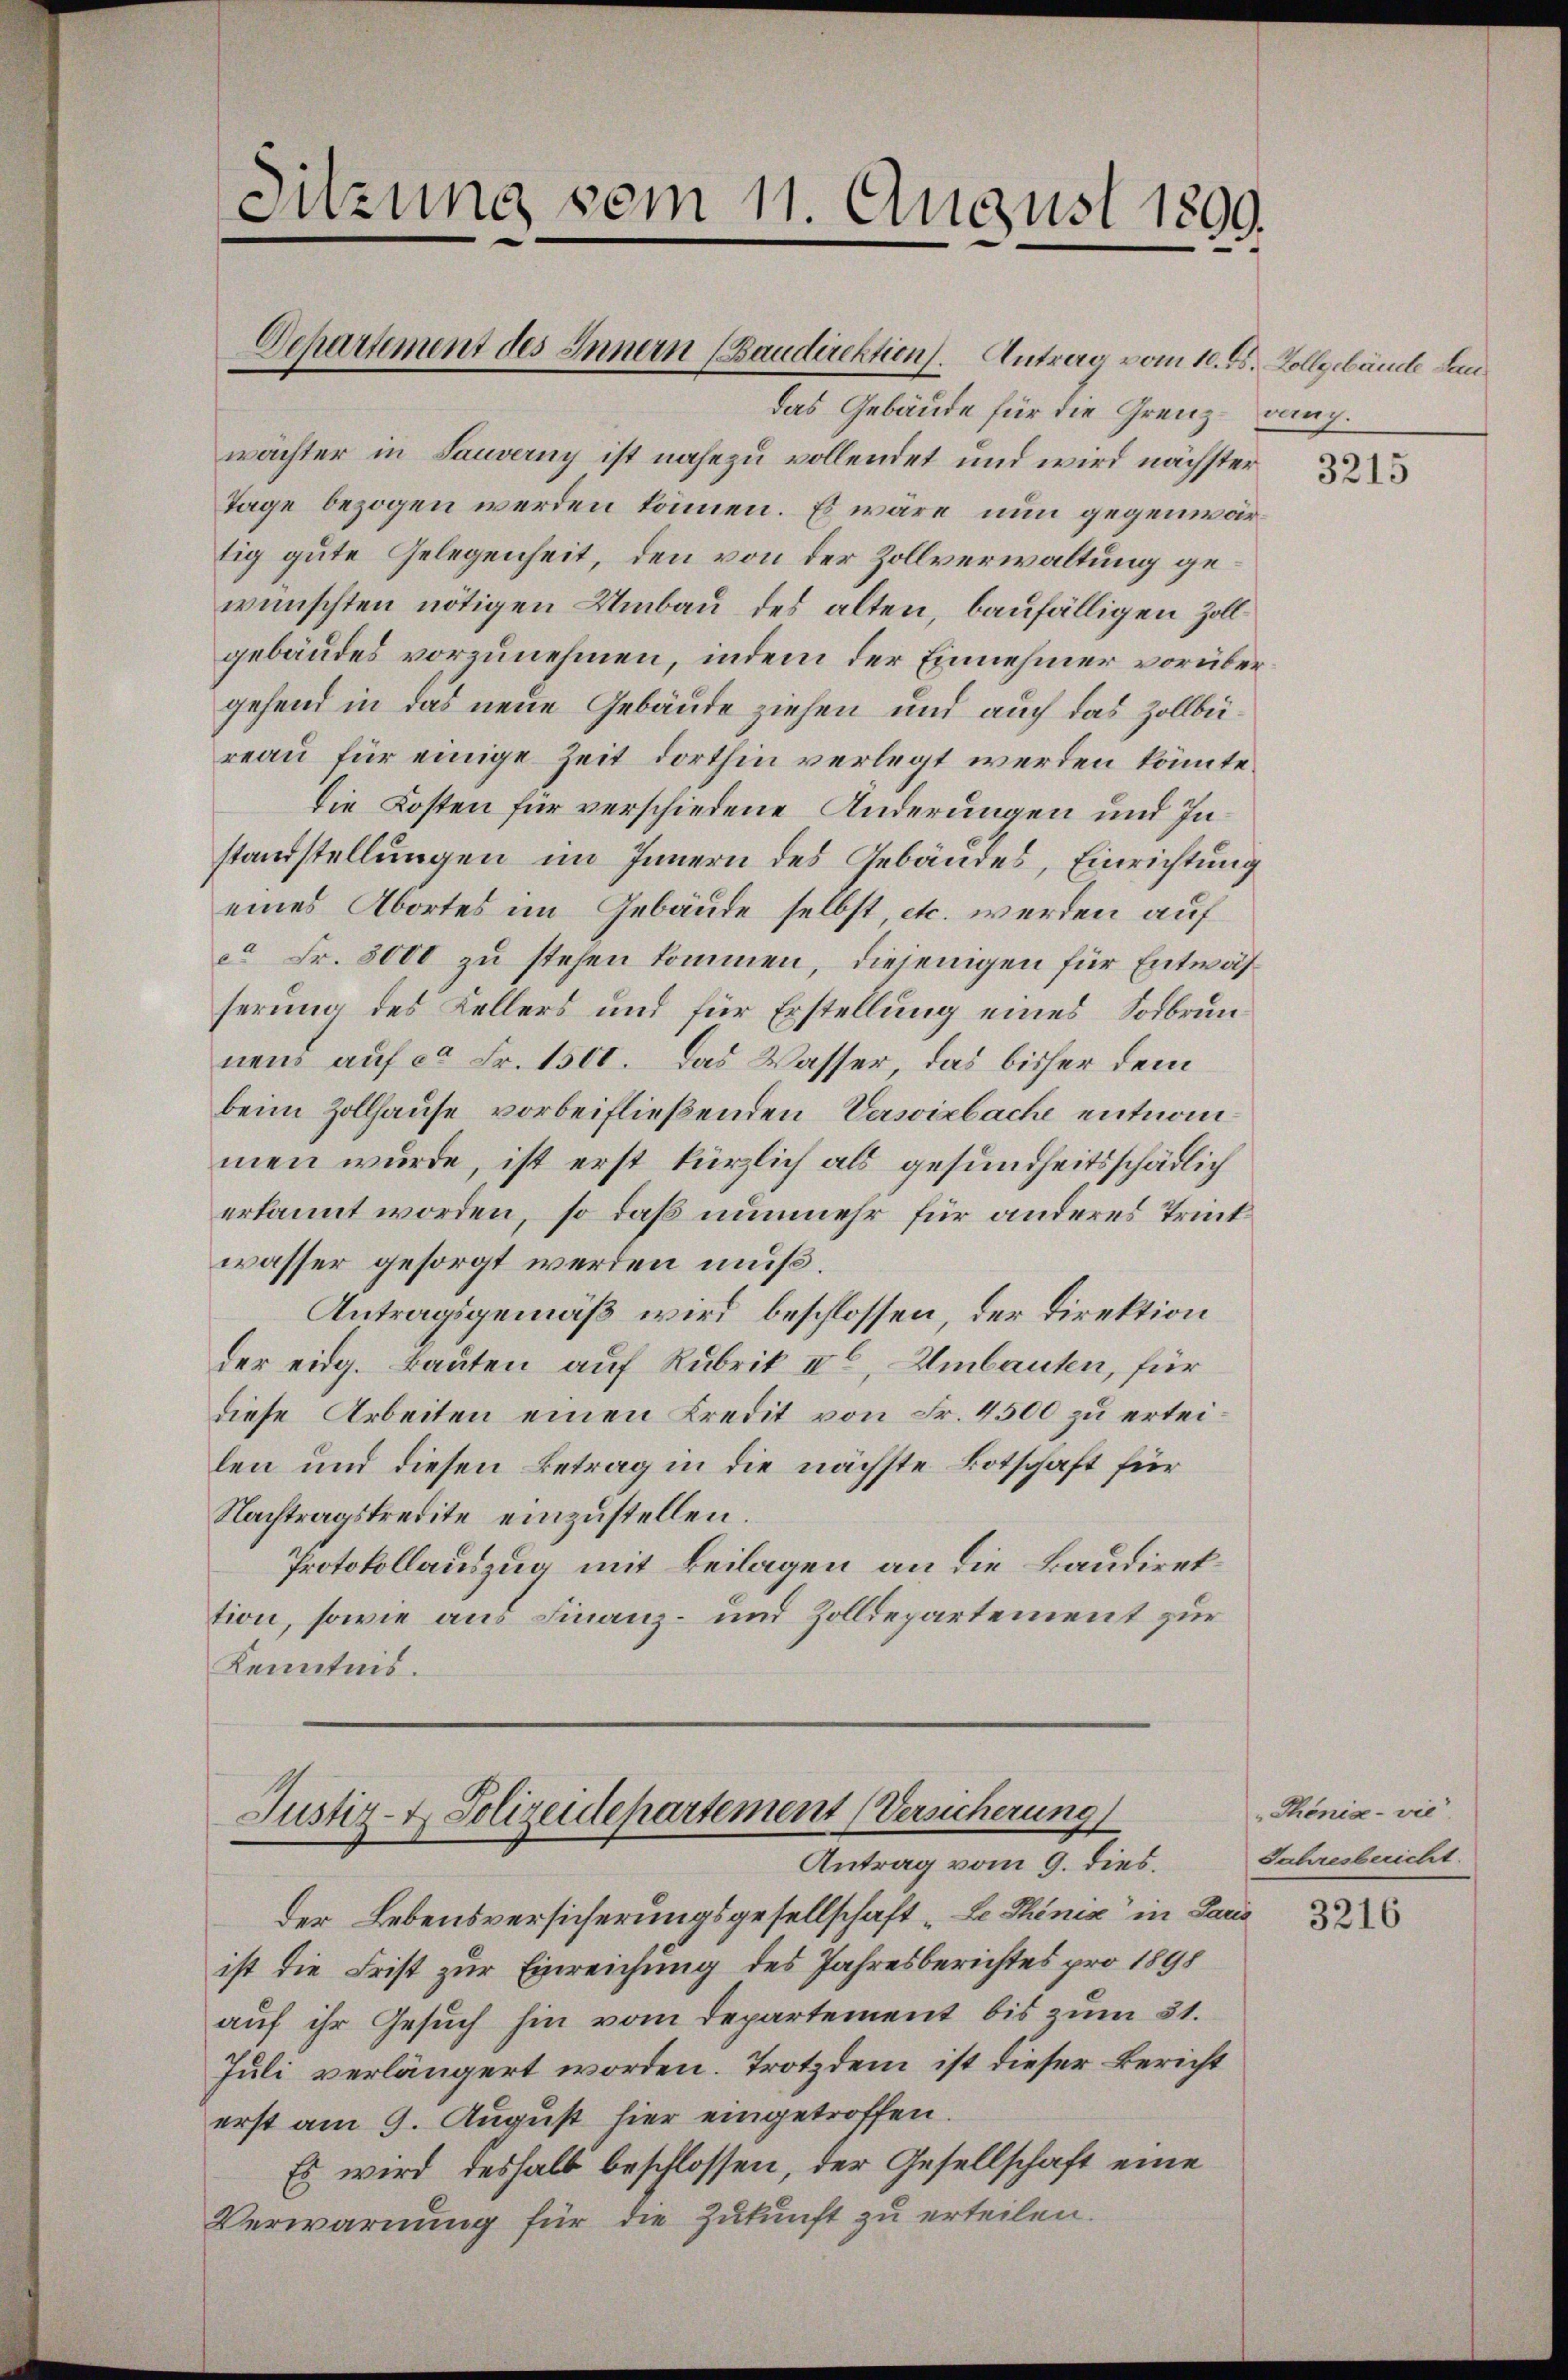
Departement des Innern (Baudirektion. Antrag vom 10. ds. Vollgebäude dan
das Gebäude für die Grenz-dung.
wächter in Sauverny ist nahezu vollendet und wird nächster
Tage bezogen werden können. Es wäre nun gegenwärtig gute Gelegenheit, den von der Zollverwaltung gewünschten nötigen Umbau des alten, baufälligen Zollgebäudes vorzunehmen, indem der Einnehmer vorüber
gehend in das neue Gebäude ziehen und auch das Zollbüreau für einige Zeit dorthin verlegt werden könnte.
die Kosten für verschiedene Änderungen und Instandstellungen im Innern des Gebäudes, Einrichtung
eines Abortes im Gebäude selbst, etc. werden auf
ca Fr. 3000 zu stehen kommen, diejenigen für Entwähserung des Kellers und für Erstellung eines Sodbrunnend auf ca Fr. 1500. Das Wasser, das bisher dem
beim Zollhause vorbeifließenden Versiebache entnommen wurde, ist erst kürzlich als gesundheitsschädlich
erkannt worden, so daß nunmehr für anderes Trintwasser gesorgt werden muß.
Antragsgemäß wird beschlossen, der Direktion
der eidg. Bauten auf Rubrik II, Umbauten, für
diese Arbeiten einen Kredit von Fr. 4500 zu erteilen und diesen Betrag in die nächste Botschaft für
Nachtragskredite einzustellen.
Protokollauszug mit Beilagen an die Baudirektion, sowie aus Finanz- und Zolldepartement zur
Kenntnis.

Sitzung vom 11. August 1899.

Justiz- & Polizeidepartement (Versicherung
Antrag vom 9. dies.

der Lebensversicherungsgesellschaft „Le Thinia“ in Paris
ist die Frist zur Einreichung des Jahresberichtes pro 1898
auf ihr Gesuch hin vom Departement bis zum 31.
Juli verlängert worden. Trotzdem ist dieser Bericht
erst am 9. August hier eingetroffen.
Es wird deshalb beschlossen, der Gesellschaft eine
Verwarnung für die Zukunft zu erteilen.

3215

„Phönia - vie
Jahresbericht.

3216